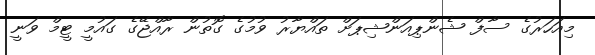
މިއަހަރުގެ ސާފް ޝެންޕިއަންޝިޕަށް ތައްޔާރު ވުމުގެ ގޮތުން ރާއްޖޭގެ ގައުމީ ޓީމް ވަނީ